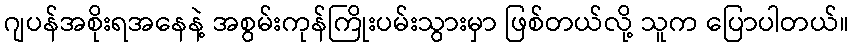
ဂျပန်အစိုးရအနေနဲ့ အစွမ်းကုန်ကြိုးပမ်းသွားမှာ ဖြစ်တယ်လို့ သူက ပြောပါတယ်။